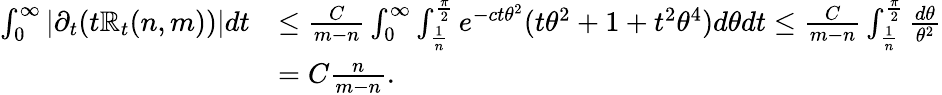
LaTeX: \begin{array}{rl}{\int_{0}^{\infty}|\partial_{t}(t\mathbb{R}_{t}(n,m))|dt}&{\le\frac{C}{m-n}\int_{0}^{\infty}\int_{\frac{1}{n}}^{\frac{\pi}{2}}e^{-ct\theta^{2}}(t\theta^{2}+1+t^{2}\theta^{4})d\theta dt\le\frac{C}{m-n}\int_{\frac{1}{n}}^{\frac{\pi}{2}}\frac{d\theta}{\theta^{2}}}\\ &{=C\frac{n}{m-n}.}\end{array}